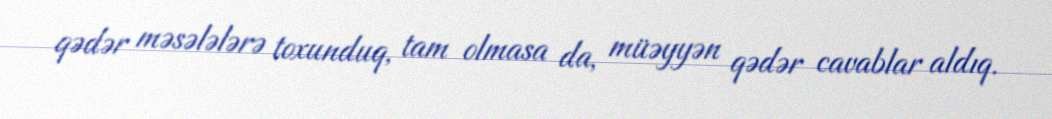
qədər məsələlərə toxunduq, tam olmasa da, müəyyən qədər cavablar aldıq.